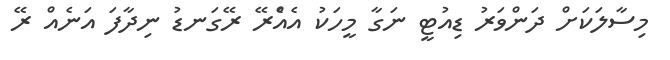
މިސާލަކަށް ދަންވަރު ޑިއުޓީ ނަގާ މީހަކު އެއްެރޭ ރޭގަނޑު ނިދާފަ އަނެއް ރޭ